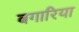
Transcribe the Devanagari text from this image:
बगारिया